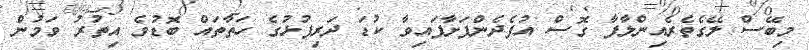
މިބޭސް ލޭގެތެރެއިންލާފާ ގޮސް އުފެދެންފަށާފައިވާ ކުޑަ ދަރިފުޅުގެ ހަތާތައް ބޮޑުވެ އިތުރު ވަމުން